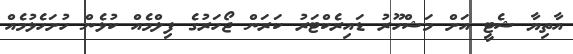
އާތިޔާ ޝެޓީ އަށް މަޝްހޫރު ޑައިރެކްޓަރު ކަރަން ޖޯހަރުގެ ފިލްމެއް ކުޅެން ހުށަހެޅުމެއް